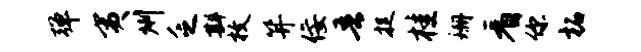
弹夷州乏斟枚笄佞吾捉桂珊看你柘